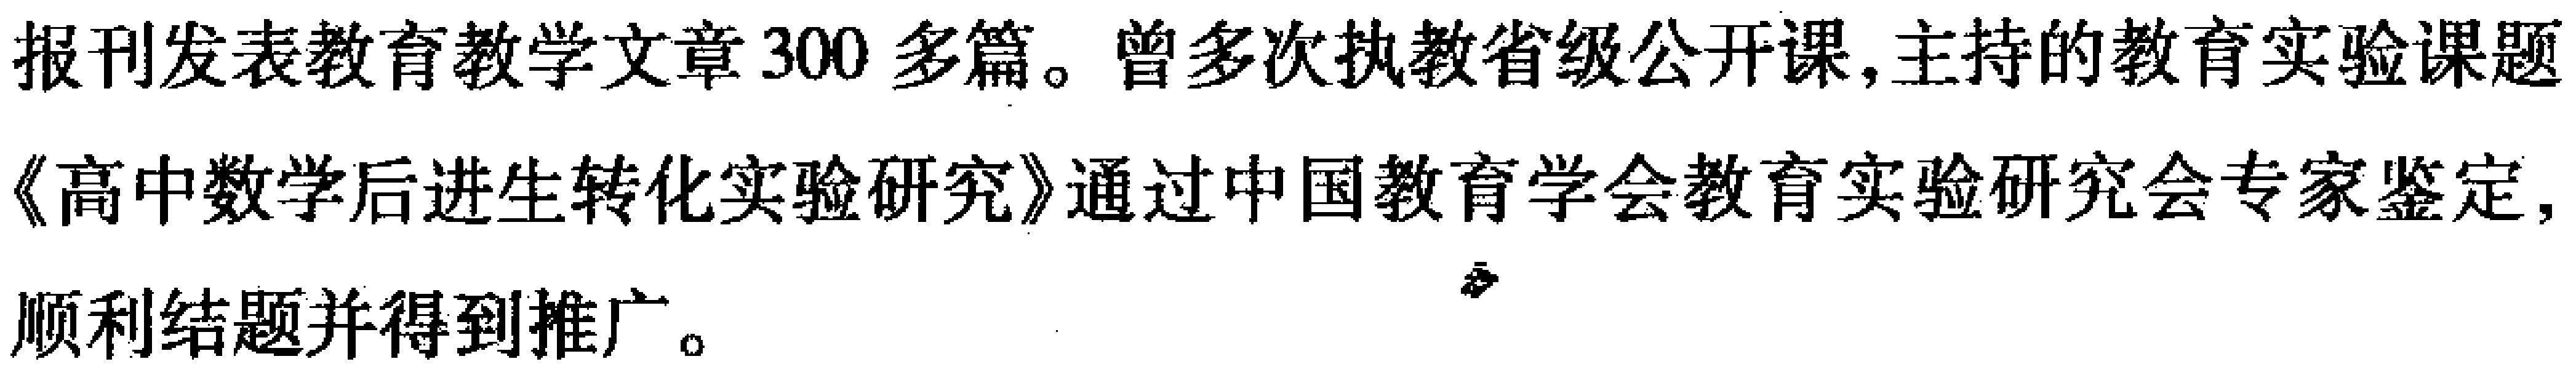
报刊发表教育教学文章300多篇。曾多次执教省级公开课,主持的教育实验课题《高中数学后进生转化实验研究》通过中国教育学会教育实验研究会专家鉴定,顺利结题并得到推广。